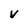
Character: v